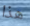
هذا